Report on horse surra - Volume I
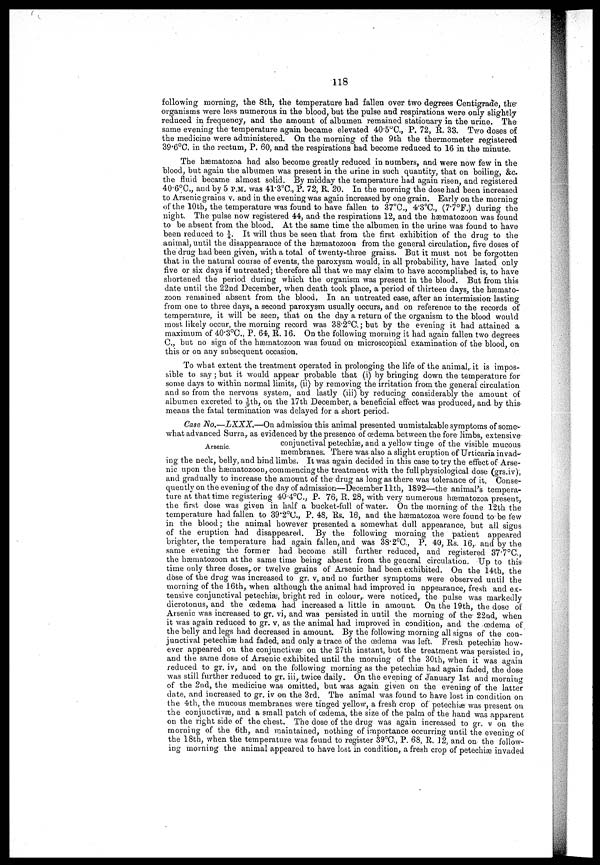
118
following morning, the 8th, the temperature had fallen over two degrees Centigrade, the
organisms were leas numerous in the blood, but the pulse and respirations were only slightly
reduced in frequency, and the amount of albumen remained stationary in the urine. The
same evening the temperature again became elevated 40.5°C., P. 72, R. 33. Two doses of
the medicine were administered. On the morning of the 9th the thermometer registered
39.6°C. in the rectum, P. 60, and the respirations had become reduced to 16 in the minute.
The bæmatozoa had also become greatly reduced in numbers, and were now few in the
blood, but again the albumen was present in the urine in such quantity, that on boiling, &c.
the fluid became almost solid. By midday the temperature had again risen, and registered
40.6°C., and by 5 P.M. was 41.3°C.,P. 72, R. 20. In the morning the dose had been increased
to Arsenic grains v. and in the evening was again increased by one grain. Early on the morning
of the 10 th, the temperature was found to have fallen to 37°C, 4.3°C., (7.7°F.) during the
night. The pulse now registered 44, and the respirations 12, and the hæmatozoon was found
to be absent from the blood. At the same time the albumen in the urine was found to have
been reduced to ¼. It will thus be seen that from the first exhibition of the drug to the
animal, until the disappearance of the hæmatozoon from the general circulation, five doses of
the drug had been given, with a total of twenty-three grains. But it must not be forgotten
that in the natural course of events, the paroxysm would, in all probability, have lasted only
five or six days if untreated; therefore all that we may claim to have accomplished is, to have
shortened the period during which the organism was present in the blood.: But from this
date until the 22nd December, when death took place, a period of thirteen days, the hæmato-
zoon remained absent from the blood. In an untreated case, after an intermission lasting
from one to three days, a second paroxysm usually occurs, and on reference to the records of
temperature, it will be seen, that on the day a return of the organism to the blood would
most likely occur, the morning record was 38.2°C. ; but by the evening it had attained a
maximum of 40.3°C., P. 64, R. 16. On the following morning it had again fallen two degrees
C, but no sign of the hæmatozoon was found on microscopical examination of the blood, on
this or on any subsequent occasion.
To what extent the treatment operated in prolonging the life of the animal, it is impos-
sible to say ; but it would appear probable that (i) by bringing, down the temperature for
some days to within normal limits, (ii) by removing the irritation from the general circulation
and so from the nervous system, and lastly (iii) by reducing considerably the amount of
albumen excreted to 1/9th, on the 17th December, a beneficial effect was produced,and by this
means the fatal termination was delayed for a short period.
Arsenic.
Case No.—LXXX.—On admission this animal presented unmistakable symptoms of some-
what advanced Surra, as evidenced by the presence of œdema between the fore limbs, extensive-
conjunctival petechiæ, and a yellow tinge of the visible mucous-
membranes. There was also a slight eruption of Urticaria invad-
ing the neck, belly, and hind limbs. It was again decided in this case to try the effect of Arse-
nic upon the hæmatozoon, commencing the treatment with the full physiological dose (grs.iv),
and gradually to increase the amount of the drug as long as there was tolerance of it. Conse-
quently on the evening of the day of admission—December 11th, 1892—the animal's tempera-
ture at that time registering 40.4°C., P. 76, R. 28, with very numerous hæmatozoa present,
the first dose was given in half a bucket-full of water. On the morning, of the I2th the
temperature had fallen to 39.2°C, P. 48, Rs. 16, and the hæmatozoa were found to be few
in the blood ; the animal however presented a somewhat dull appearance, but all signs
of the eruption had disappeared. By the following morning the patient appeared
brighter, the temperature had again fallen, and was 38.2°C, P. 40, Rs. 16,.. and by the
same evening the former had become still further reduced, and registered 37.7°C.,
the hæmatozoon at the same time being absent from the general circulation. Up to this
time only three doses, or twelve grains of Arsenic had been exhibited. On the 14th, the
dose of the drug was increased to gr. v, and no further symptoms were observed until the
morning, of the 16th,. when although the animal had improved in appearance, fresh and ex-
tensive conjunctival petechiæ, bright red in colour, were noticed, the pulse was markedly
dicrotonus, and the œdema had increased a little in amount. On the 19th, the dose of
Arsenic was increased to gr. vi, and was persisted in until the morning of the 22nd, when
it was again reduced to gr. v, as the animal had improved in condition, and the œdema of
the belly and legs had decreased in amount. By the following morning all signs of the con-
junctival petechias had faded, and only a trace of the œdema was left. Fresh petechiæ how-
ever appeared on the conjunctivæ' on the 27th instant, but the treatment was persisted in,
and the same dose of Arsenic exhibited until the morning of the 30th, when it was again
reduced to gr. iv, and on the following morning as the petechiæ had again faded, the dose
was still further reduced to gr. iii, twice daily.. On the evening of January 1st and morning
of the 2nd, the medicine was omitted, but was again given on the evening of the latter
date, and increased to gr. iv on the 3rd. The animal was found to have lost in condition on
the 4th, the mucous membranes were tinged yellow, a fresh crop of petechiæ was present on
the conjunctivæ, and a small patch of œdema, the size of the palm of the hand was apparent
on the right side of the chest. The dose of the drug was again increased to gr. v. on the
morning of the 6th, and maintained, nothing of importance occurring until the evening of
the 18th, when the temperature was found to register 39°C., P. 68, R. 12, and on the follow-
ing morning the animal appeared to have lost in condition, a fresh crop of petechiæ invaded